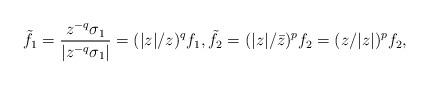
LaTeX: \begin{align*}\tilde f_1 = \frac{z^{-q}\sigma_1}{|z^{-q}\sigma_1|} = (|z|/z)^qf_1,\tilde f_2 = (|z|/\bar z)^pf_2= (z/|z|)^pf_2,\end{align*}